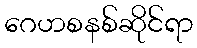
ဂေဟစနစ်ဆိုင်ရာ